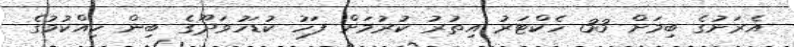
އެރަށުގެ ބިމަށް 33 ހެކްޓަރު އިތުރު ކުރުމަށް ފަހު ކުޑަހުވަދޫގެ ބިން ހިއްކުމުގެ